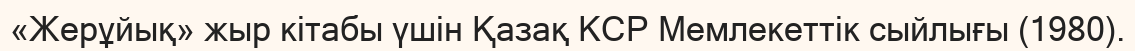
«Жерұйық» жыр кітабы үшін Қазақ КСР Мемлекеттік сыйлығы (1980).